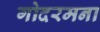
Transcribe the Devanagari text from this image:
गोदरमना